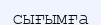
сығымға